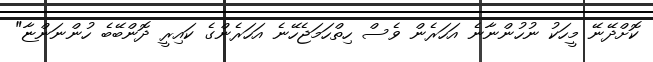
ކޮށްދޭނޭ މީހަކު ނުހުންނާނެ އަހަރެން ވެސް ހިތްހަމަޖެހޭނެ އަހަރެންގެ ކައިރީ ދޮންބޭބެ ހުންނަންޏާ"